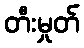
တီးမှုတ်